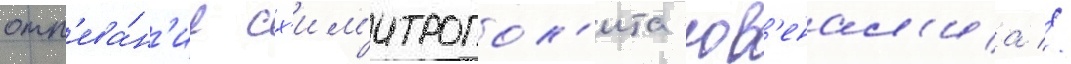
отп'ева́н'ие сх'им'итропол'ита юв'енал'иа //